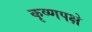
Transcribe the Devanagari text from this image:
कृष्णपक्षे